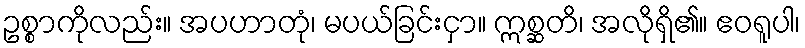
ဥစ္စာကိုလည်း။ အပဟာတုံ၊ မပယ်ခြင်းငှာ။ ဣစ္ဆတိ၊ အလိုရှိ၏။ ဧဝရူပါ၊